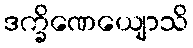
ဒက္ခိဏေယျောသိ